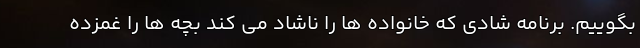
بگوییم. برنامه شادی که خانواده ها را ناشاد می کند بچه ها را غمزده